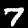
Label: 7